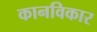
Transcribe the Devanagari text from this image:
कानविकार